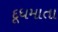
દૂધમાતા